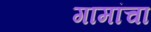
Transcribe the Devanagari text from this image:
गामांचा